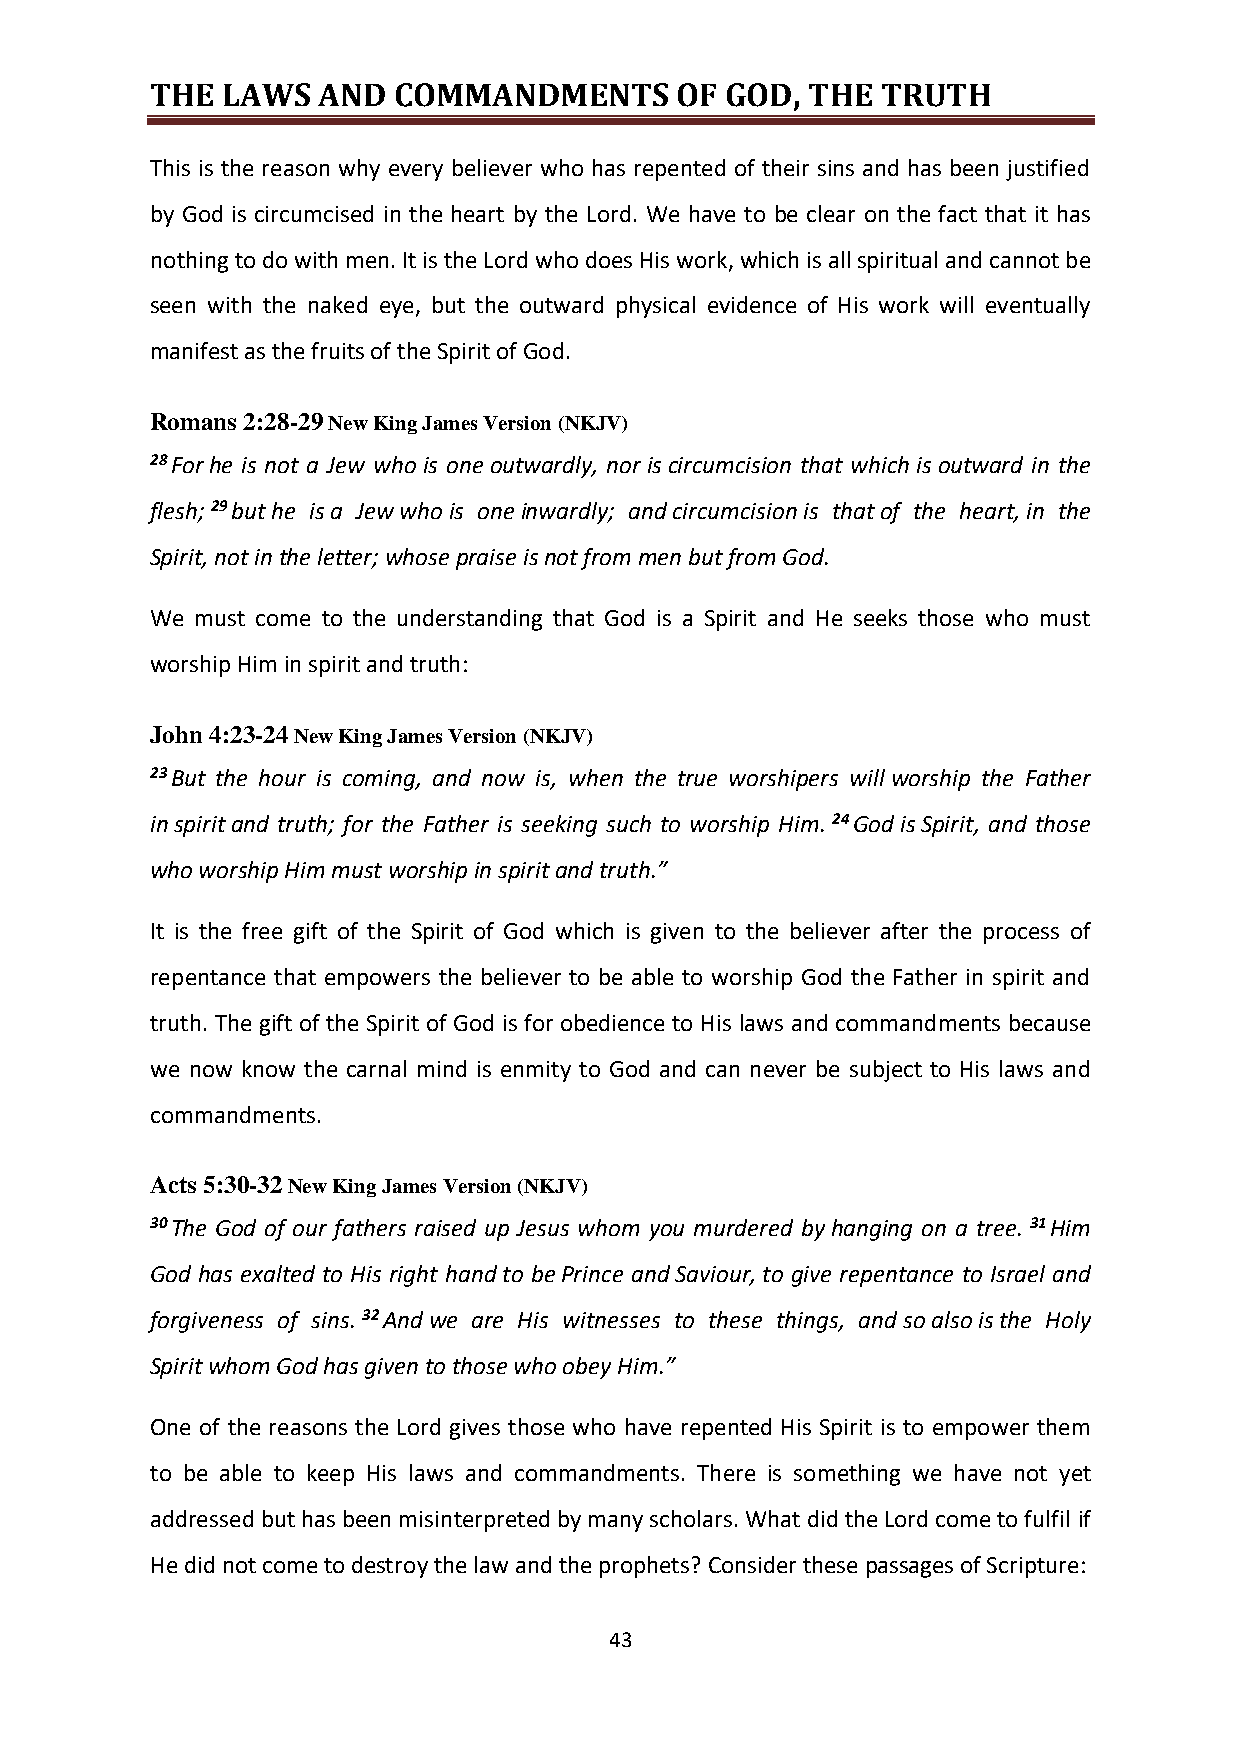
THE  LAWS  AND  COMMANDMENTS       OF GOD, THE  TRUTH
 This is the reason why every believer who has repented of their sins and has been justified
 by God is circumcised in the heart by the Lord. We have to be clear on the fact that it has
 nothing to do with men. It is the Lord who does His work, which is all spiritual and cannot be
 seen with the naked eye, but the outward physical evidence of His work will eventually
 manifest as the fruits of the Spirit of God.
 Romans 2:28-29 New King James Version (NKJV)
 28 For he is not a Jew who is one outwardly, nor is circumcision that which is outward in the
 flesh; 29 but he is a Jew who is one inwardly; and circumcision is that of the heart, in the
 Spirit, not in the letter; whose praise is not from men but from God.
 We must come to the understanding that God is a Spirit and He seeks those who must
 worship Him in spirit and truth:
 John 4:23-24 New King James Version (NKJV)
 23 But the hour is coming, and now is, when the true worshipers will worship the Father
 in spirit and truth; for the Father is seeking such to worship Him. 24 God is Spirit, and those
 who worship Him must worship in spirit and truth.”
 It is the free gift of the Spirit of God which is given to the believer after the process of
 repentance that empowers the believer to be able to worship God the Father in spirit and
 truth. The gift of the Spirit of God is for obedience to His laws and commandments because
 we now know the carnal mind is enmity to God and can never be subject to His laws and
 commandments.
 Acts 5:30-32 New King James Version (NKJV)
 30 The God of our fathers raised up Jesus whom you murdered by hanging on a tree. 31 Him
 God has exalted to His right hand to be Prince and Saviour, to give repentance to Israel and
 forgiveness of sins. 32 And we are His witnesses to these things, and so also is the Holy
 Spirit whom God has given to those who obey Him.”
 One of the reasons the Lord gives those who have repented His Spirit is to empower them
 to be able to keep His laws and commandments. There is something we have not yet
 addressed but has been misinterpreted by many scholars. What did the Lord come to fulfil if
 He did not come to destroy the law and the prophets? Consider these passages of Scripture:
 43